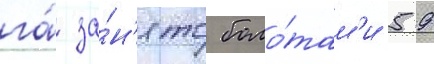
га́ за́н'ято боло́там'и 59